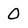
Character: 0